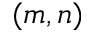
( m , n )